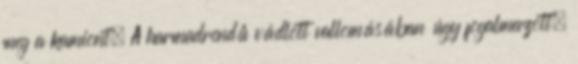
meg a kamiont. A harmadrendű vádlott vallomásában úgy fogalmazott,